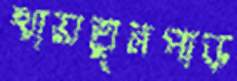
খায়তুনপাড়